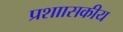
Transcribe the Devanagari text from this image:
प्रशाासकीय